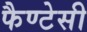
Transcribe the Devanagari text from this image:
फैण्टेसी